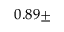
0 . 8 9 \pm